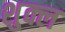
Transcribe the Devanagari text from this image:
शु्क्ल